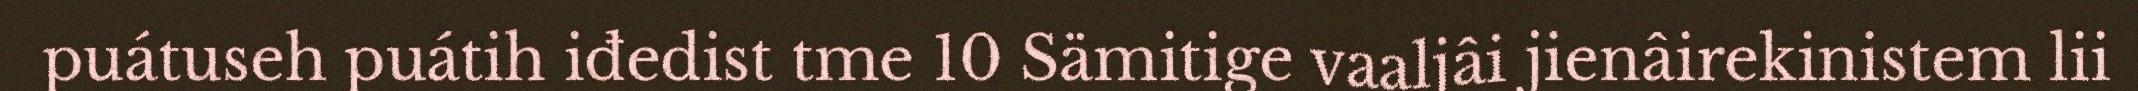
puátuseh puátih iđedist tme 10 Sämitige vaaljâi jienâirekinistem lii